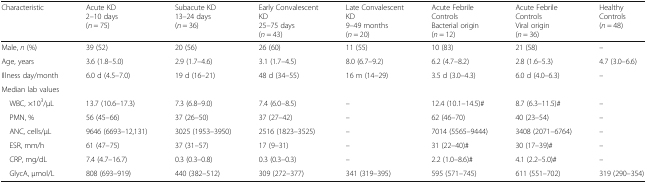
<table><thead><tr><td><b>Characteristic</b></td><td><b>Acute KD2–10 days(<i>n</i> = 75)</b></td><td><b>Subacute KD13–24 days(<i>n</i> = 36)</b></td><td><b>Early Convalescent KD25–75 days(<i>n</i> = 43)</b></td><td><b>Late Convalescent KD9–49 months(<i>n</i> = 20)</b></td><td><b>Acute Febrile ControlsBacterial origin(<i>n</i> = 12)</b></td><td><b>Acute Febrile ControlsViral origin(<i>n</i> = 36)</b></td><td><b>HealthyControls(<i>n</i> = 48)</b></td></tr></thead><tbody><tr><td>Male, <i>n</i> (%)</td><td>39 (52)</td><td>20 (56)</td><td>26 (60)</td><td>11 (55)</td><td>10 (83)</td><td>21 (58)</td><td>–</td></tr><tr><td>Age, years</td><td>3.6 (1.8–5.0)</td><td>2.9 (1.7–4.6)</td><td>3.1 (1.7–4.5)</td><td>8.0 (6.7–9.2)</td><td>6.2 (4.7–8.2)</td><td>2.8 (1.6–5.3)</td><td>4.7 (3.0–6.6)</td></tr><tr><td>Illness day/month</td><td>6.0 d (4.5–7.0)</td><td>19 d (16–21)</td><td>48 d (34–55)</td><td>16 m (14–29)</td><td>3.5 d (3.0–4.3)</td><td>6.0 d (4.0–6.3)</td><td>–</td></tr><tr><td colspan="8">Median lab values</td></tr><tr><td> WBC, ×10<sup>3</sup>/μL</td><td>13.7 (10.6–17.3)</td><td>7.3 (6.8–9.0)</td><td>7.4 (6.0–8.5)</td><td>–</td><td>12.4 (10.1–14.5)#</td><td>8.7 (6.3–11.5)#</td><td>–</td></tr><tr><td> PMN, %</td><td>56 (45–66)</td><td>37 (26–50)</td><td>37 (27–42)</td><td>–</td><td>62 (46–70)</td><td>40 (23–54)</td><td>–</td></tr><tr><td> ANC, cells/μL</td><td>9646 (6693–12,131)</td><td>3025 (1953–3950)</td><td>2516 (1823–3525)</td><td>–</td><td>7014 (5565–9444)</td><td>3408 (2071–6764)</td><td>–</td></tr><tr><td> ESR, mm/h</td><td>61 (47–75)</td><td>37 (31–57)</td><td>17 (9–31)</td><td>–</td><td>31 (22–40)#</td><td>30 (17–39)#</td><td>–</td></tr><tr><td> CRP, mg/dL</td><td>7.4 (4.7–16.7)</td><td>0.3 (0.3–0.8)</td><td>0.3 (0.3–0.3)</td><td>–</td><td>2.2 (1.0–8.6)#</td><td>4.1 (2.2–5.0)#</td><td>–</td></tr><tr><td> GlycA, μmol/L</td><td>808 (693–919)</td><td>440 (382–512)</td><td>309 (272–377)</td><td>341 (319–395)</td><td>595 (571–745)</td><td>611 (551–702)</td><td>319 (290–354)</td></tr></tbody></table>